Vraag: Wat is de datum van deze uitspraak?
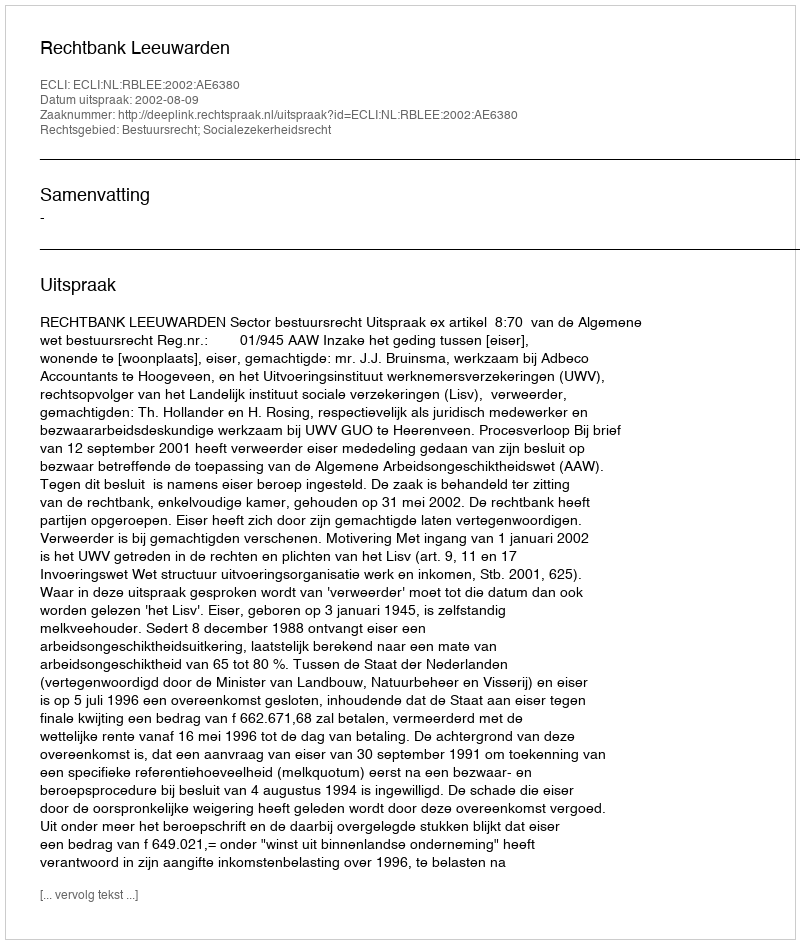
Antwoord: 2002-08-09